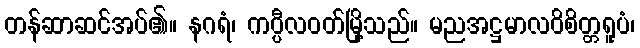
တန်ဆာဆင်အပ်၏။ နဂရံ၊ ကပ္ပီလဝတ်မြို့သည်။ မညအဋ္ဌမာလဝိစိတ္တရူပံ၊